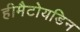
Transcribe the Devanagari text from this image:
हीमैटोयडिन